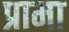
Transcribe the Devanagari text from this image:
प्रामा